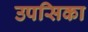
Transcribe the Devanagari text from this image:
उपसिका